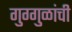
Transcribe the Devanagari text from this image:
गुग्गुळांची